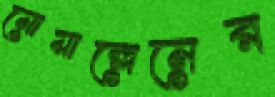
মোয়াল্লেমের